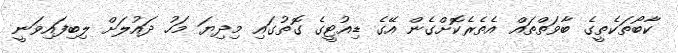
ކާބޯތަކެތީގެ ބާވަތްތައް އެތެރެކޮށްގެން އޭގެ ޑިއުޓީގެ ގޮތުގައި މިދިޔަ މަހު ދައުލަށް ލިބިފައިވަނީ